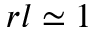
r l \simeq 1